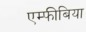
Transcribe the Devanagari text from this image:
एम्‍फीबिया